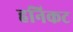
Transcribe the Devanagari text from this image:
हनिकट